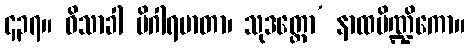
၄၃၇။ ဝိသာခါ မိဂါရမာတာ၊ သုဒတ္တော’ နာထပိဏ္ဍိကော။